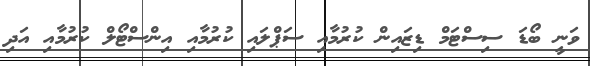
ވަނީ ބޯޑަ ސިސްޓަމް ޑިޒައިން ކުރުމާއި ސަޕްލައި ކުރުމާއި އިންސްޓޯލް ކުރުމާއި އަދި